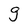
Character: g